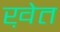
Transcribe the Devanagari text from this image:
ख़ेत